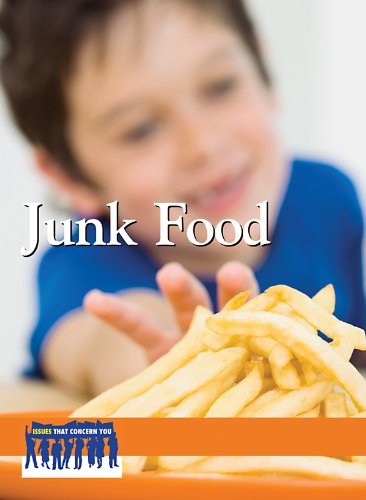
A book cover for Junk Food (Issues That Concern You); Ronald D.  Jr. Lankford; Teen & Young Adult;